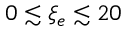
0 \lesssim \xi _ { e } \lesssim 2 0